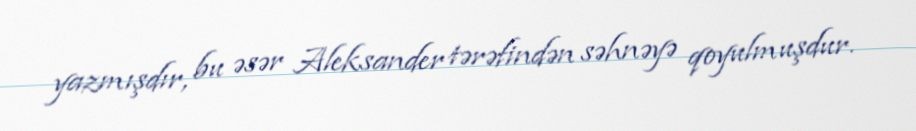
yazmışdır, bu əsər Aleksander tərəfindən səhnəyə qoyulmuşdur.